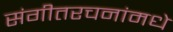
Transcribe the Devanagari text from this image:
संगीतरचनांमधे